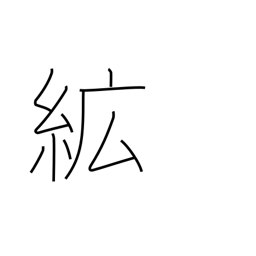
Meaning: cotton wadding